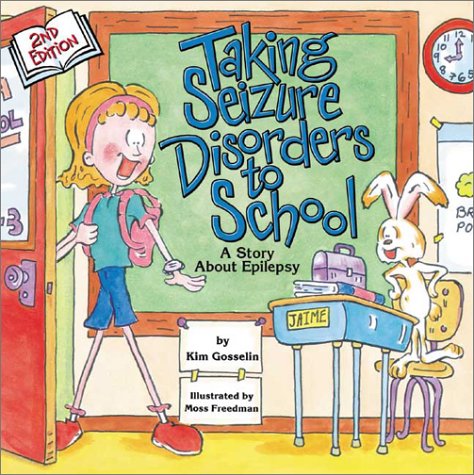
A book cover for Taking Seizure Disorders to School: A Story About Epilepsy; Kim Gosselin; Health, Fitness & Dieting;